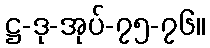
ဋ္ဌ-ဒု-အုပ်-၇၅-၇၆။